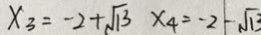
x _ { 3 } = - 2 + \sqrt { 1 3 } \times 4 = - 2 - \sqrt { 1 3 }